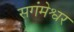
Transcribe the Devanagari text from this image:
सगंमेश्वर